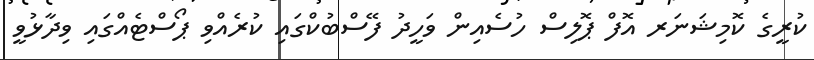
ކުރީގެ ކޮމިޝަނަރ އޮފް ޕޮލިސް ހުސެއިން ވަހީދު ފޭސްބުކްގައި ކުރެއްވި ޕޯސްޓެއްގައި ވިދާޅުވީ